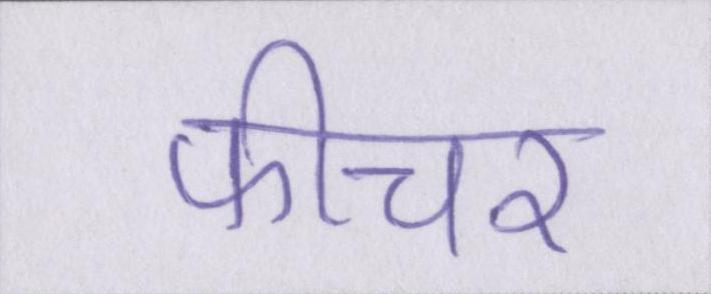
फीचर